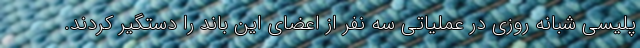
پلیسی شبانه روزی در عملیاتی سه نفر از اعضای این باند را دستگیر کردند.